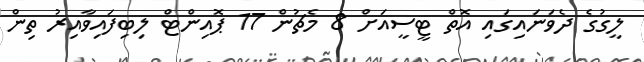
ލީގުގެ ދެވަނައިގައި އޮތް ޓީސީއަށް 8 މެޗުން 17 ޕޮއިންޓް ލިބިފައިވާއިރު ތިން